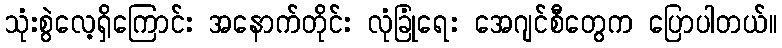
သုံးစွဲလေ့ရှိကြောင်း အနောက်တိုင်း လုံခြုံရေး အေဂျင်စီတွေက ပြောပါတယ်။